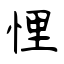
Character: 悝